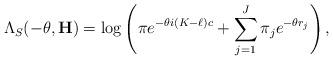
LaTeX: \begin{align*}\Lambda_S(-\theta, \mathbf{H})=\log\left(\pi e^{-\theta i(K-\ell)c}+\sum_{j=1}^J \pi_j e^{-\theta r_j}\right),\end{align*}